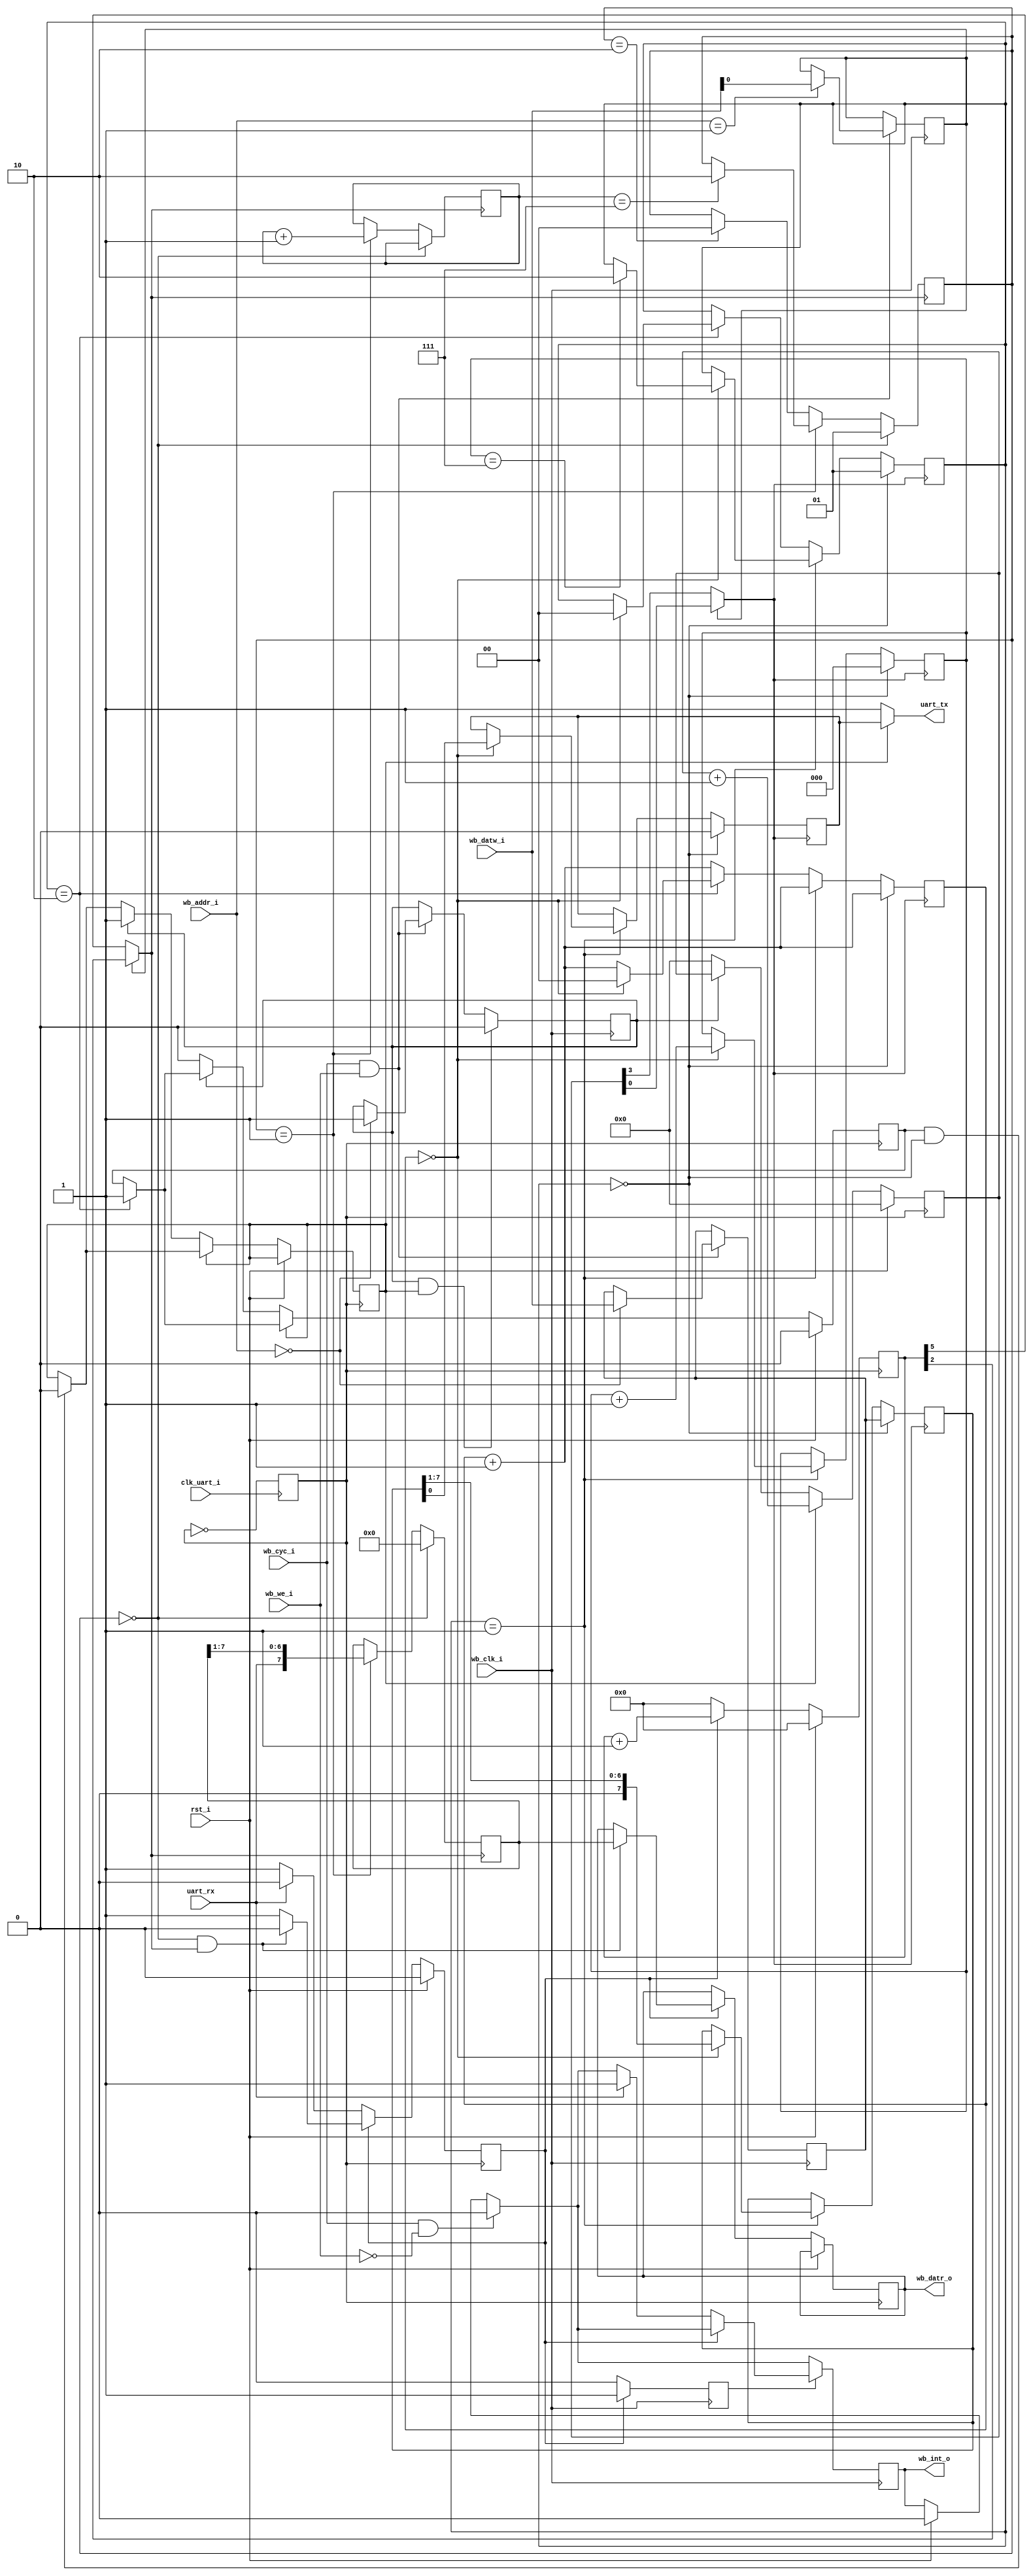
/**
 *  EK-Miniterm - UART
 *
 * Copyright (C) 2014 Saint-Genest Gwenael <gwen@agilack.fr>
 *
 * This is free software; you can redistribute it and/or modify it
 * under the terms of the GNU General Public License as published
 * by the Free Software Foundation; either version 2, or (at your option)
 * any later version.
 *
 * This program is distributed in the hope that it will be useful,
 * but WITHOUT ANY WARRANTY; without even the implied warranty of
 * MERCHANTABILITY or FITNESS FOR A PARTICULAR PURPOSE.  See the GNU
 * General Public License for more details.
 *
 * You should have received a copy of the GNU Library General Public
 * License along with this program; if not, write to the Free Software
 * Foundation, Inc., 51 Franklin Street, Fifth Floor, Boston, MA 02110-1301,
 * USA.
 */
`timescale 1ns / 1ps
module uart(
	input  rst_i,
	input  wb_clk_i,
	input  wb_cyc_i,
	input  wb_we_i,
	input  [1:0] wb_addr_i,
	input  [7:0] wb_datw_i,
	output [7:0] wb_datr_o,
	input  clk_uart_i,
	input  uart_rx,
	output uart_tx,
	output wb_int_o
);

reg cfg_spd = 1'b0;

wire uart_clk;
reg run = 1'b0;
reg [1:0] step = 2'b0;
reg [2:0] bit_cnt = 3'd0;
reg [7:0] rx_byte = 8'h00;
reg [7:0] rx_fifo0= 8'h00;
reg rx_full;

reg       tx_run   = 1'b0;
reg       tx_start = 1'b0;
reg [7:0] tx_fifo0 = 8'h00;

wire wb_rd, wb_wr;
assign wb_datr_o[7:0] = rx_fifo0[7:0];
assign wb_int_o       = rx_full;
assign wb_rd = (wb_cyc_i & (wb_we_i == 1'b0));
assign wb_wr = (wb_cyc_i & (wb_we_i == 1'b1));

reg wb_step = 1'b0;
always @(posedge wb_clk_i)
begin
	if (rst_i) begin
		rx_full <= 1'b0;
	end
	if (wb_rd == 1'b1) begin
		rx_full <= 1'b0;
	end
	if (wb_wr == 1'b1) begin
		if (wb_addr_i == 2'b00) begin
			tx_fifo0 <= wb_datw_i;
			tx_start <= 1'b1;
		end
		if (wb_addr_i == 2'b01) begin
			 cfg_spd <= wb_datw_i[0];
		end
	end
	if (tx_start && tx_run)
		tx_start <= 1'b0;
	if (wb_step == 1'b0) begin
		if (run == 1'b1)
			wb_step <= 1'b1;
	end else begin
		if (run == 1'b0) begin
			if (uart_rx == 1'b1)
				rx_full <= 1'b1;
			wb_step <= 1'b0;
		end
	end
end

reg clk_8M = 1'b0;
always @(posedge clk_uart_i)
begin
	clk_8M <= ~clk_8M;
end

reg [5:0] clk_uart_hs = 6'h0;
always @(posedge clk_8M)
begin
	if (rst_i == 1'b1) begin
		run <= 1'b0;
		clk_uart_hs <= 6'h0;
	end else begin
		if (run == 1'b0) begin
			if (uart_rx == 1'b0)
				run <= 1'b1;
			clk_uart_hs <= 6'd0;
		end else begin
			if ((step == 2'b00) & (uart_clk == 1'b1))
			begin
				run <= 1'b0;
				rx_fifo0 <= rx_byte;
			end
			clk_uart_hs <= clk_uart_hs + 6'd1;
		end
	end
end

assign uart_clk = cfg_spd ?
                      clk_uart_hs[2] : // 921600
                      clk_uart_hs[5];  // 115200

always @(posedge uart_clk)
begin
	if (step == 2'b00) begin
		step <= 2'b01;
		rx_byte <= 8'h00;
	end else if (step == 2'b01) begin
		if (bit_cnt == 3'b111)
			step <= 2'b10;
		bit_cnt <= bit_cnt + 3'd1;
		rx_byte <= { uart_rx, rx_byte[7:1]};
	end else if (step == 2'b10) begin
		step     <= 2'b00;
	end
end

// ----------------------------------------------------------------------------
// --                                TX  side                                --
// ----------------------------------------------------------------------------
reg [7:0] tx_data    = 8'h00;
reg [3:0] tx_clk_hs  = 4'h0;
reg [1:0] tx_step    = 2'h0;
reg [2:0] tx_bit_cnt = 3'd0;
reg       tx_end;
reg       tx_out = 1'b1;
wire      tx_clk_4x;

always @(posedge clk_8M)
begin
	if (rst_i == 1'b1) begin
		tx_end <= 1'b0;
		tx_clk_hs <= 4'h0;
	end else begin
		if (tx_step == 2'b10)
			tx_end <= 1'b1;
		if (tx_end && (tx_step == 2'b00))
			tx_run <= 1'b0;
		if (tx_run == 1'b0) begin
			if (tx_start == 1'b1) begin
				tx_run <= 1'b1;
			end else begin
				tx_clk_hs <= 4'd0;
				tx_end    <= 1'b0;
			end
		end else begin
			tx_clk_hs <= tx_clk_hs + 4'd1;
		end
	end
end

assign tx_clk_4x = cfg_spd ?
                  tx_clk_hs[0] : // 921600
                  tx_clk_hs[3];  // 115200

assign uart_tx = (tx_run == 1'b0) ? 1'b1 : tx_out;

reg [1:0] tx_clk_step = 2'b0;

always @(posedge tx_clk_4x)
begin
	tx_clk_step <= tx_clk_step + 2'd1;
	
	if (tx_step == 2'b00) begin
		tx_step    <= 2'b01;
		tx_bit_cnt <= 3'd0;
		tx_data    <= tx_fifo0;
		// Set out to LOW for start bit
		tx_out     <= 1'b0;
	end else if (tx_step == 2'b01) begin
		if (tx_clk_step == 2'b00) begin
			if (tx_bit_cnt == 3'b111)
				tx_step <= 2'b10;
			tx_bit_cnt <= tx_bit_cnt + 3'd1;
			tx_out  <= tx_data[0];
			tx_data <= { 1'b0, tx_data[7:1] };
		end
	end else if (tx_step == 2'b10) begin
		if (tx_clk_step == 2'b00) begin
			tx_step     <= 2'b00;
			tx_clk_step <= 2'b00;
		end
	end
end

endmodule